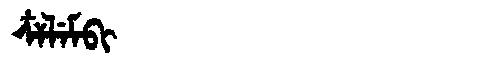
Manchu: ᠴᠶᠯᡝᠮᠪᡳ
Romanization: CYLEMBI